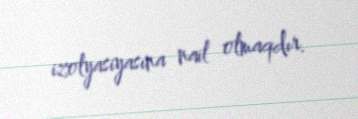
izolyasiyasına nail olmaqdır.